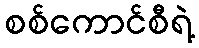
စစ်ကောင်စီရဲ့